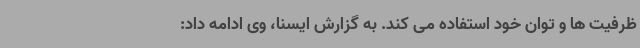
ظرفیت ها و توان خود استفاده می کند. به گزارش ایسنا، وی ادامه داد: